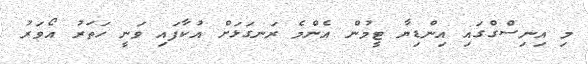
މި އިނިސްގްގައި އިންޑިޔާ ޓީމުން އެންމެ ރަނގަޅަށް އުކާފައި ވަނީ ހަތަރު އޯވަރު